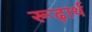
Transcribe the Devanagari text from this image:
रूढ़ार्थ